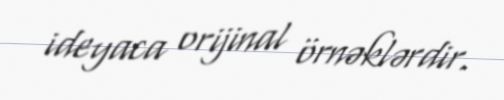
ideyaca orijinal örnəklərdir.